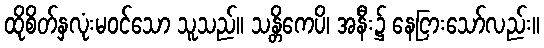
ထိုစိတ်နှလုံးမဝင်သော သူသည်။ သန္တိကေပိ၊ အနီး၌ နေငြားသော်လည်း။